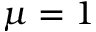
\mu = 1